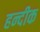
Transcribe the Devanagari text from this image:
हन्दीक